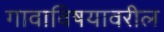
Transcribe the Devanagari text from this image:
गावाविषयावरील